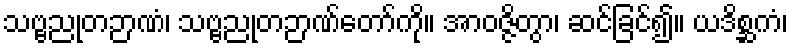
သဗ္ဗညုတဉာဏံ၊ သဗ္ဗညုတဉာဏ်တော်ကို။ အာဝဇ္ဇိတွာ၊ ဆင်ခြင်၍။ ယဒိစ္ဆကံ၊